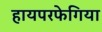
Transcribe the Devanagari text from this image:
हायपरफेगिया